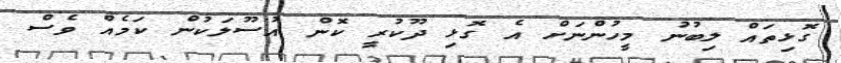
ގޮޅިތައް ލިބުނު މީހުންނަށް އެ ގޮޅި ދޫކުރީ ކޮން އުސޫލަކުން ކަމެއް ވެސް